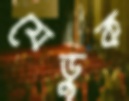
যেডুক